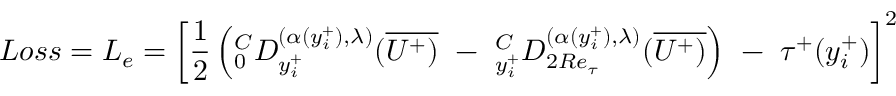
L o s s = L _ { e } = \left[ { \frac { 1 } { 2 } } \left( { } _ { 0 } ^ { C } D _ { y _ { i } ^ { + } } ^ { ( \alpha ( y _ { i } ^ { + } ) , \lambda ) } ( \overline { { U ^ { + } ) } } ~ - ~ { } _ { y _ { i } ^ { + } } ^ { C } D _ { 2 R e _ { \tau } } ^ { { ( \alpha ( y _ { i } ^ { + } ) , \lambda ) } } ( \overline { { U ^ { + } ) } } \right) ~ - ~ \tau ^ { + } ( y _ { i } ^ { + } ) \right] ^ { 2 }